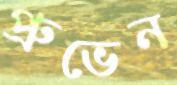
প্রুভেন